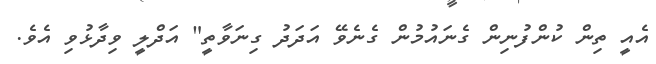
އެއީ ތިން ކުންފުނިން ގެނައުމުން ގެނެވޭ އަދަދު ގިނަވާތީ" އަދްލީ ވިދާޅުވި އެވެ.